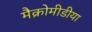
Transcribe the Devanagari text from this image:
मैक्रोमीडीया